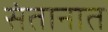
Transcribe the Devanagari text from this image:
संतानात